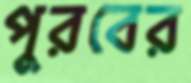
পুরবের